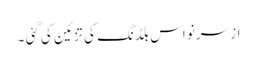
از سرنو اس بلڈنگ کی تزئین کی گئی ۔